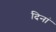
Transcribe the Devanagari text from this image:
दिनां